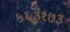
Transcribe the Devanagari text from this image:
५६३१७३